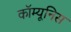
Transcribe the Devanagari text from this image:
कॉम्यूनिस